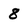
Character: 8